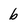
Character: b